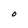
Character: O